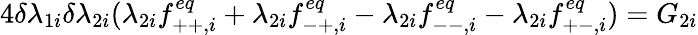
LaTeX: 4\delta\lambda_{1i}\delta\lambda_{2i}(\lambda_{2i}f_{++,i}^{eq}+\lambda_{2i}f_{-+,i}^{eq}-\lambda_{2i}f_{--,i}^{eq}-\lambda_{2i}f_{+-,i}^{eq})=G_{2i}